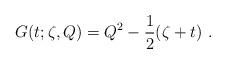
LaTeX: \begin{align*}G(t;\zeta,Q)=Q^2-\frac{1}{2}(\zeta+t)\ .\end{align*}